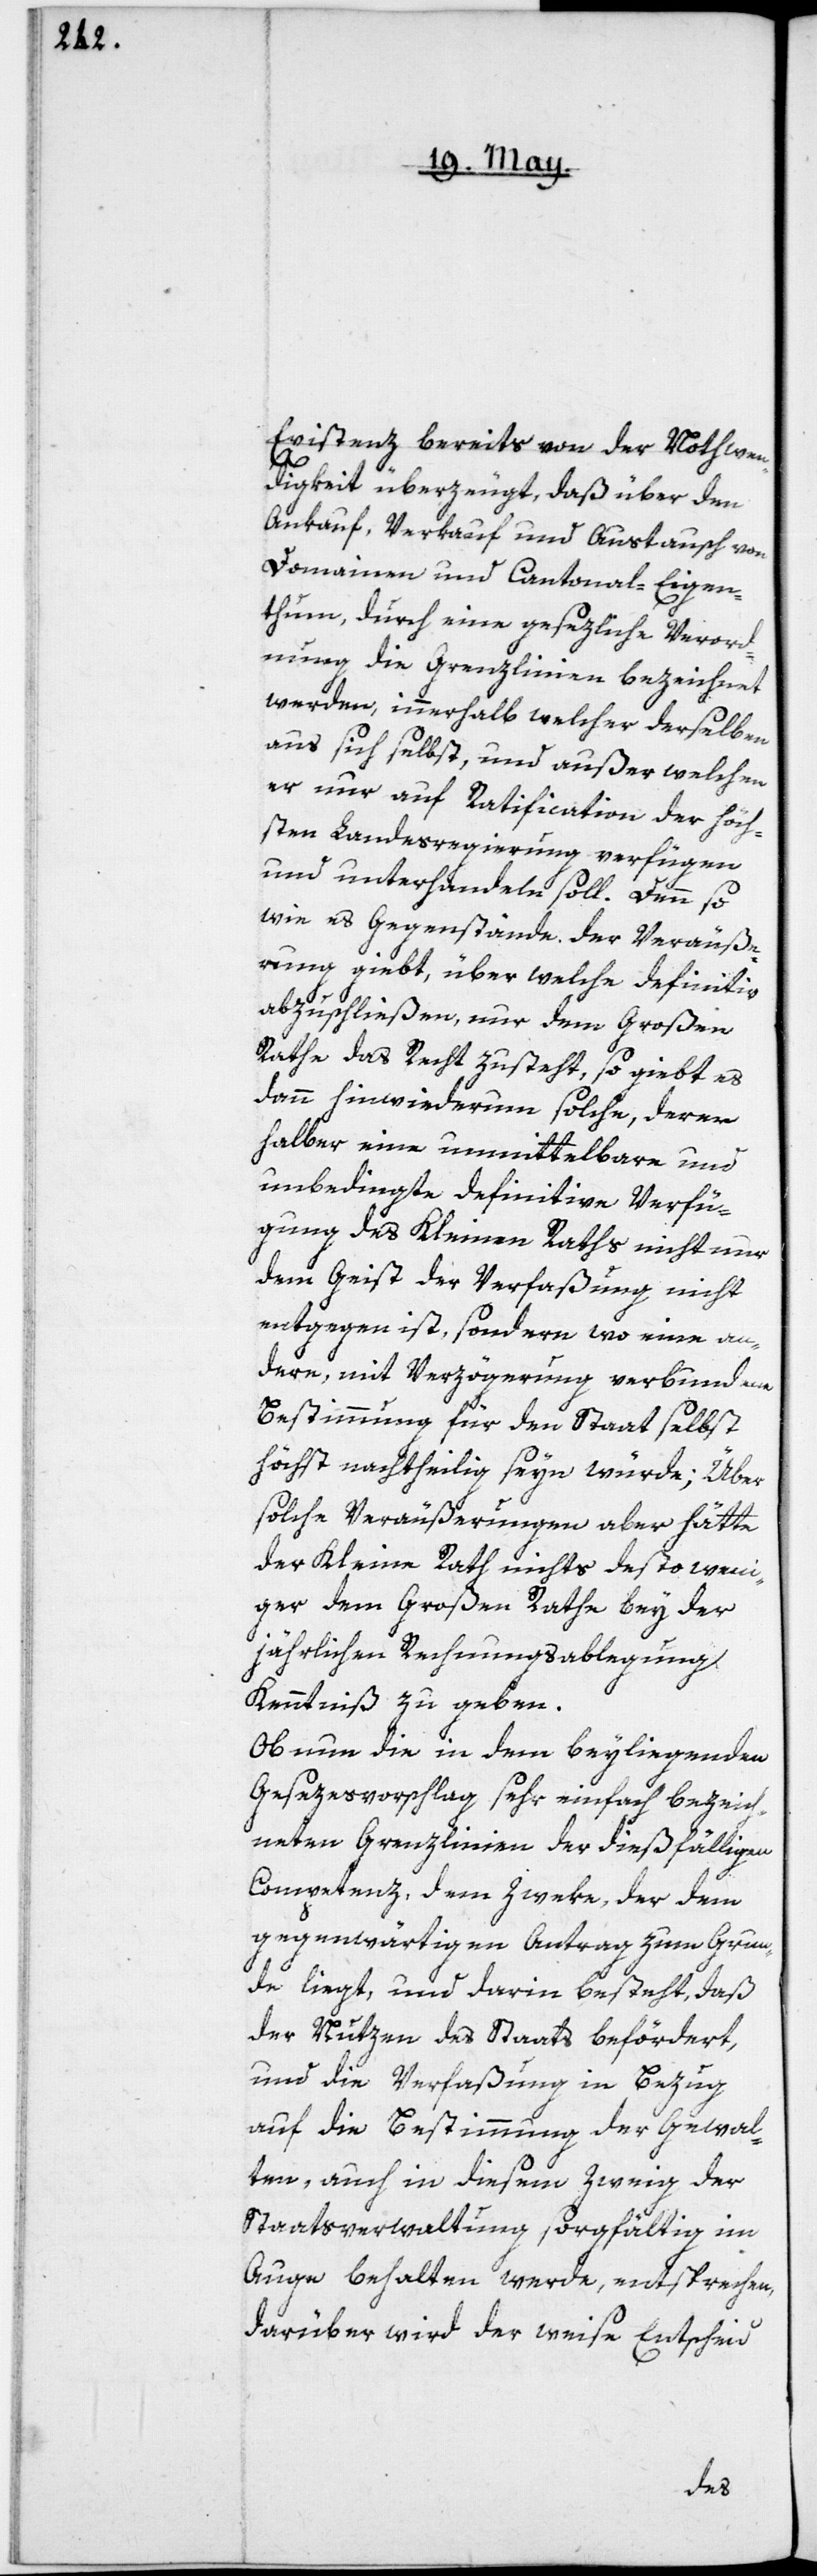
Existenz bereits von der Nothwen¬
digkeit überzeugt, daß über den
Ankauf, Verkauf und Austausch von
Domainen und Cantonal-Eigen¬
thum, durch eine gesezliche Verord¬
nung die Grenzlinien bezeichnet
werden, innerhalb welcher derselben
aus sich selbst, und außer welchen
er nur auf Ratification der höch¬
sten Landesregierung verfügen
und unterhandeln soll. Denn so
wie es Gegenstände der Veräuße¬
rung giebt, über welche definitiv
abzuschließen, nur dem Großen
Rathe das Recht zusteht, so giebt es
dann hinwiederum solche, deren
halber eine unmittelbare und
unbedingte definitive Verfü¬
gung des Kleinen Raths nicht nur
dem Geist der Verfaßung nicht
entgegen ist, sondern wo eine an¬
dere, mit Verzögerung verbundene
Bestimmung für den Staat selbst
höchst nachtheilig seyn würde; Über
solche Veräußerungen aber hätte
der Kleine Rath nichts desto weni¬
ger dem Großen Rathe bey der
jährlichen Rechnungsablegung
Kenntniß zu geben.
Ob nun die in dem beyliegenden
Gesezesvorschlag sehr einfach bezeich¬
neten Grenzlinien der dießfälligen
Competenz, dem Zweke, der dem
gegenwärtigen Antrag zum Grun¬
de liegt, und darin besteht, daß
der Nutzen des Staats befördert,
und die Verfaßung in Bezug
auf die Bestimmung der Gewal¬
ten, auch in diesem Zweig der
Staatsverwaltung sorgfältig im
Auge behalten werde, entsprechen,
darüber wird der weise Entscheid